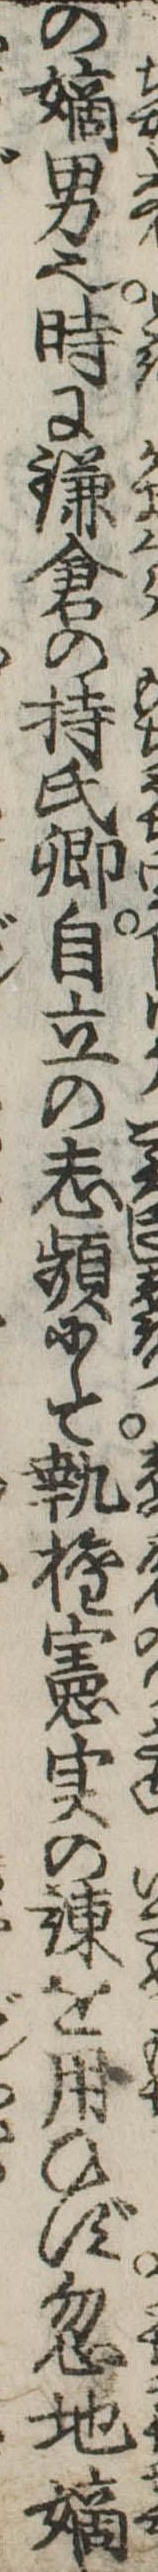
の嫡男也時に鎌倉の持氏卿自立の志頻にして執権憲実の諌を用ひず忽地嫡